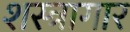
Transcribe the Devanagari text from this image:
शस्‍त्रागार